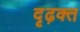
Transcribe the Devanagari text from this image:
दृढ़क्त